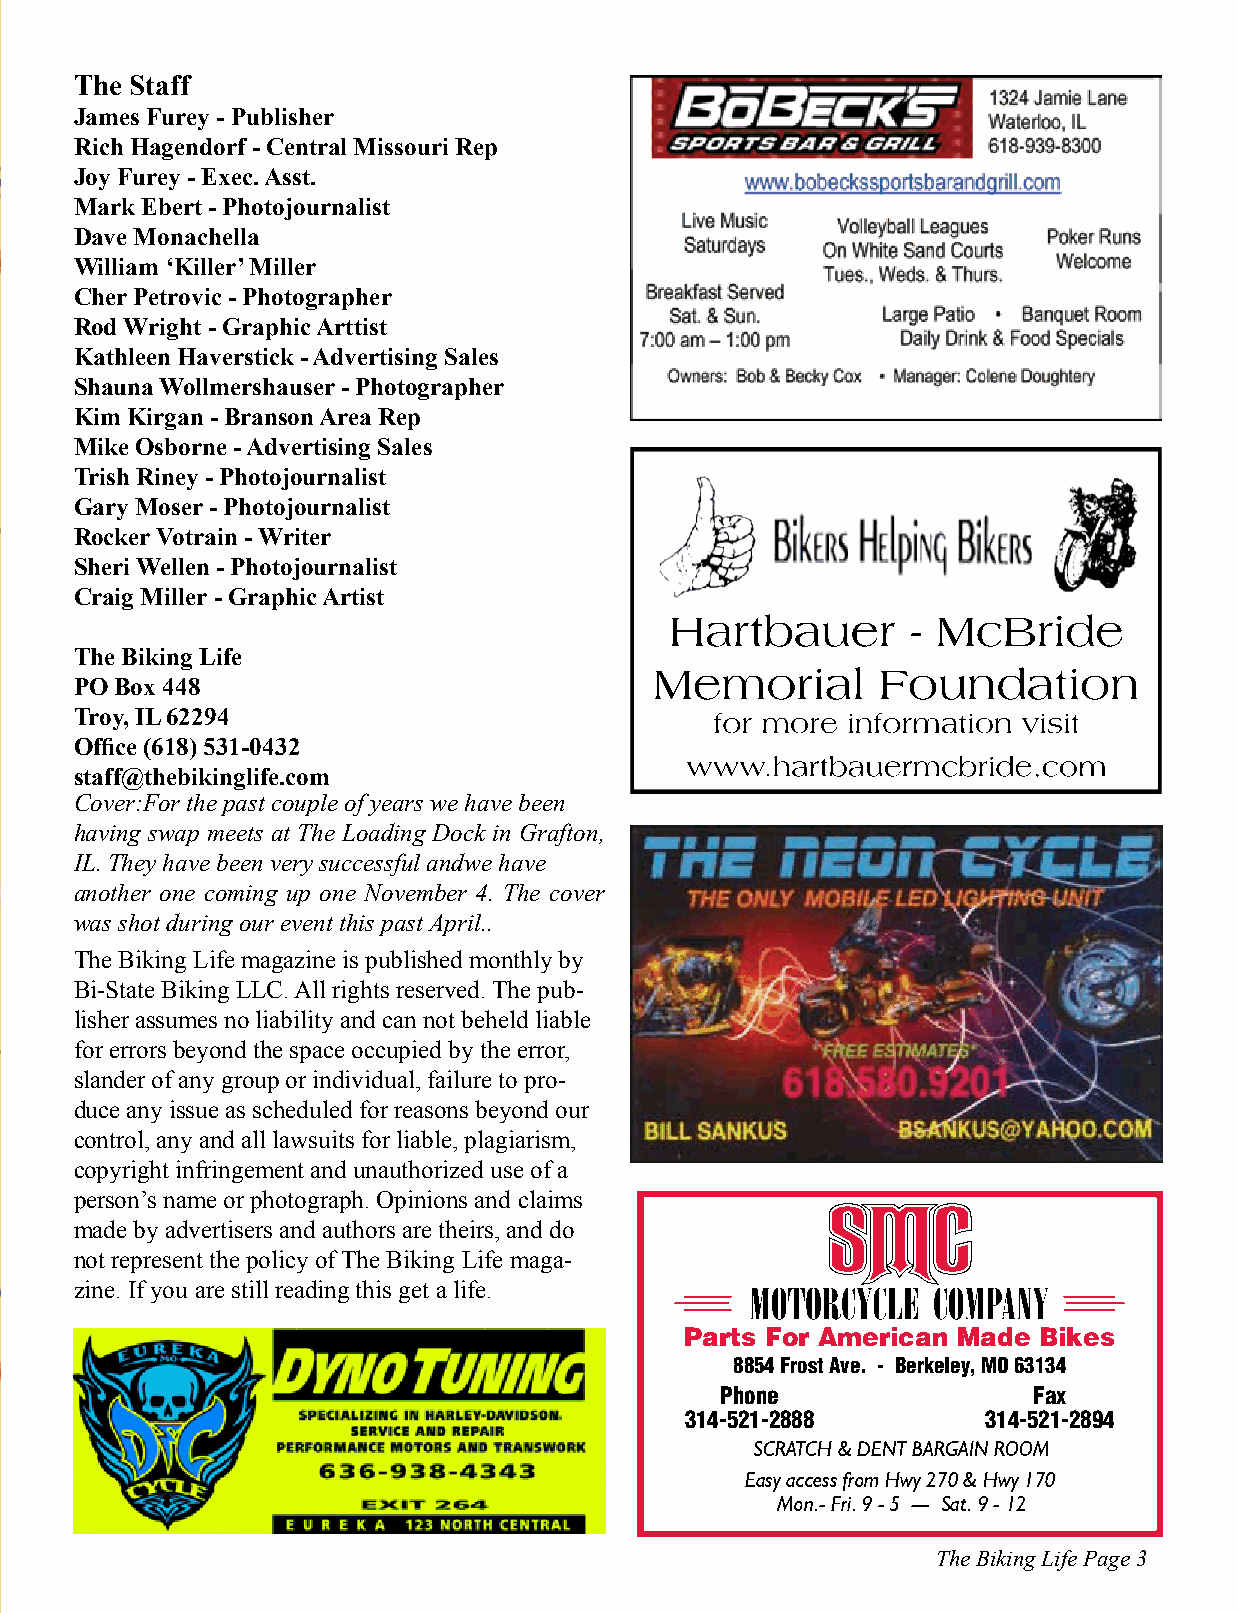
The Staff
 James Furey - Publisher
 Rich Hagendorf - Central Missouri Rep
 Joy Furey - Exec. Asst.
 Mark Ebert - Photojournalist
 Dave Monachella
 William ‘Killer’ Miller
 Cher Petrovic - Photographer
 Rod Wright - Graphic Arttist
 Kathleen Haverstick - Advertising Sales
 Shauna Wollmershauser - Photographer
 Kim Kirgan - Branson Area Rep
 Mike Osborne - Advertising Sales
 Trish Riney - Photojournalist
 Gary Moser - Photojournalist
 Rocker Votrain - Writer
 Sheri Wellen - Photojournalist
 Craig Miller - Graphic Artist
 Hartbauer       - McBride
 The Biking Life
 Memorial       Foundation
 PO Box 448
 Troy, IL 62294                            for more information visit
 Office (618) 531-0432
 www.hartbauermcbride.com
 staff@thebikinglife.com
 Cover:For the past couple of years we have been
 having swap meets at The Loading Dock in Grafton,
 IL. They have been very successful andwe have
 another one coming up one November 4. The cover
 was shot during our event this past April..
 The Biking Life magazine is published monthly by
 Bi-State Biking LLC. All rights reserved. The pub-
 lisher assumes no liability and can not beheld liable
 for errors beyond the space occupied by the error,
 slander of any group or individual, failure to pro-
 duce any issue as scheduled for reasons beyond our
 control, any and all lawsuits for liable, plagiarism,
 copyright infringement and unauthorized use of a
 person’s name or photograph. Opinions and claims
 made by advertisers and authors are theirs, and do
 not represent the policy of The Biking Life maga-
 zine. If you are still reading this get a life. MOTORCYCLE COMPANY
 Parts For American Made Bikes
 8854 Frost Ave. - Berkeley, MO 63134
 Phone               Fax
 314-521-2888        314-521-2894
 SCRATCH & DENT BARGAIN ROOM
 Easy access from Hwy 270 & Hwy 170
 Mon.- Fri. 9 - 5 ----- Sat. 9 - 12
 The Biking Life Page 3